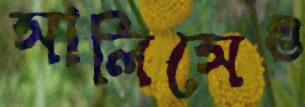
সালিসেও